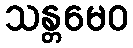
သန္တမေဝ